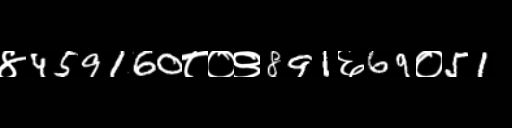
Text: ४459160८०९891६69०51